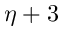
\eta + 3